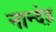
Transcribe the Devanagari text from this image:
नान्देड़